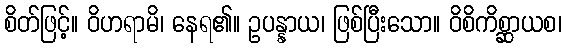
စိတ်ဖြင့်။ ဝိဟရာမိ၊ နေရ၏။ ဥပန္နာယ၊ ဖြစ်ပြီးသော။ ဝိစိကိစ္ဆာယစ၊